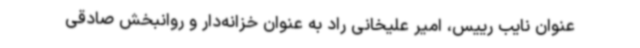
عنوان نایب رییس، امیر علیخانی راد به عنوان خزانه‌دار و روانبخش صادقی